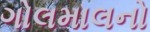
ગોલમાલનો